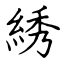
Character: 綉